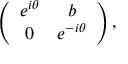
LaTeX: \left( \begin{array} { c c } { { e ^ { i \theta } } } & { { b } } \\ { { 0 } } & { { e ^ { - i \theta } } } \end{array} \right) ,